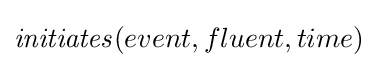
{\mathit {initiates}}(event,fluent,time)